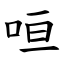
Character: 咺